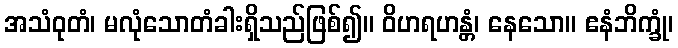
အသံဝုတံ၊ မလုံသောတံခါးရှိသည်ဖြစ်၍။ ဝိဟရဟန္တံ၊ နေသော။ ဧနံဘိက္ခုံ၊